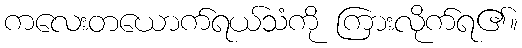
ကလေးတယောက်ရယ်သံကို ကြားလိုက်ရ၏။